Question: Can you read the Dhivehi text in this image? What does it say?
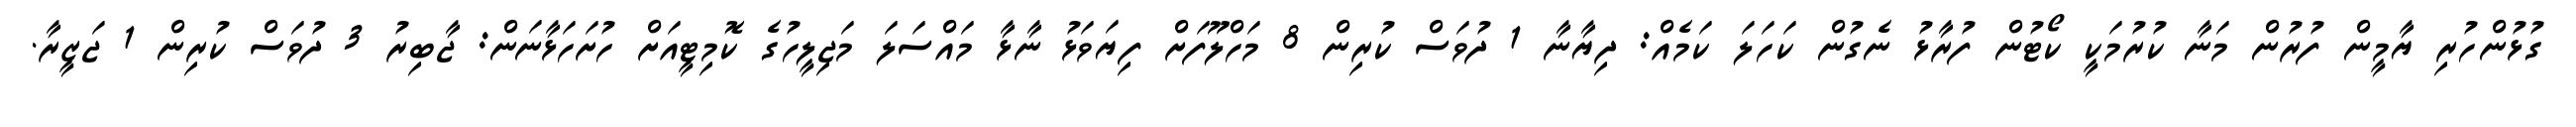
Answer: ގުޅުންހުރި ޔާމީން ފުރުން މަނާ ކުރުމަކީ ކޯޓުން ފުރާޅު ނެގުން ކަހަލަ ކަމެއް: ދިޔާނާ 1 ދުވަސް ކުރިން 8 މަހްލޫފަށް ފިޔަވަޅު ނާޅާ މައްސަލަ މަޖިލީހުގެ ކޮމިޓީއަށް ހުށަހަޅާނަން: ޖާބިރު 3 ދުވަސް ކުރިން 1 ޖަޒީރާ.